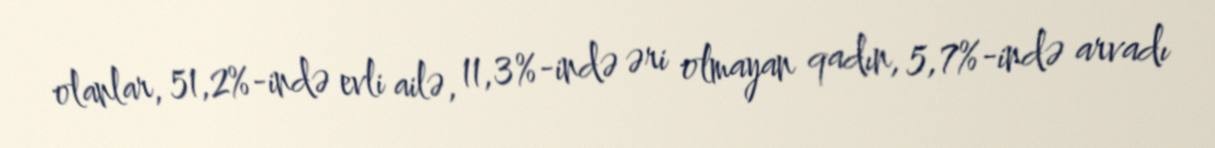
olanlar, 51,2%-ində evli ailə, 11,3%-ində əri olmayan qadın, 5,7%-ində arvadı